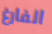
الفارغ